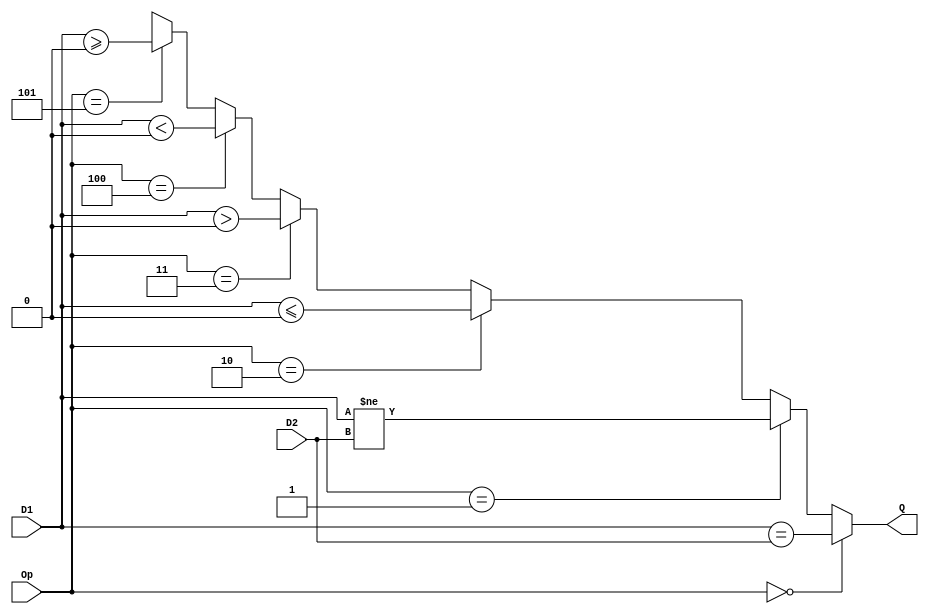
module CMP(D1,D2,Op,Q);
    
    input [31:0] D1,D2;
    input [2:0]  Op;
    
    output Q; 
    //1 for branch 
    //0 for no branch

    /**
     * 000(BEQ ) : D1 == D2
     * 001(BNE ) : D1 != D2
     * 010(BLEZ) : D1 <= D2 (D2=0)
     * 011(BGTZ) : D1 >  D2 (D2=0) 
     * 100(BLTZ) : D1 <  D2 (D2=0)    
     * 101(BGEZ) : D1 >= D2 (D2=0)
     */

    assign Q = (Op == 3'b000) ? ( D1 == D2 ) :
               (Op == 3'b001) ? ( D1 != D2 ) :
               (Op == 3'b010) ? ( $signed(D1) <= 0  ) :
               (Op == 3'b011) ? ( $signed(D1) >  0  ) :
               (Op == 3'b100) ? ( $signed(D1) <  0  ) :
               (Op == 3'b101) ? ( $signed(D1) >= 0  ) :
                                  3'bxxx     ;
endmodule